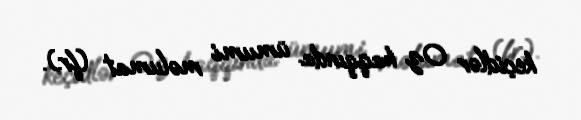
keçidlər Oz haqqında ümumi məlumat (fr.).